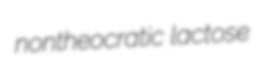
nontheocratic lactose